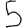
Digit: 5